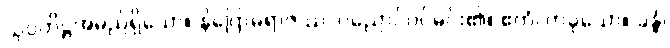
သုပ္ပတိဋ္ဌအမည်ရှိသော။ နိဂြောဓရာဇဿ၊ ပညောင်ပင်မင်း၏။ ဧကံ၊ တခုသော။ ခန္ဓံ၊